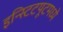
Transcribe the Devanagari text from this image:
इन्स्टिटयूटमध्ये